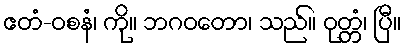
ဧတံ-ဝစနံ၊ ကို။ ဘဂဝတော၊ သည်။ ဝုတ္တံ၊ ပြီ။